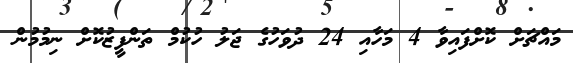
މައްޗަށް ކޮށްފައިވާ 4 މަހާއި 24 ދުވަހުގެ ޖަލު ހުކުމް ތަންފީޒުކޮށް ނިމުމުން